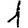
Digit: 1